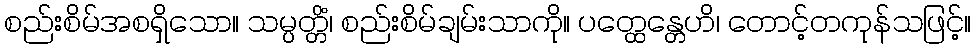
စည်းစိမ်အစရှိသော။ သမ္ပတ္တိံ၊ စည်းစိမ်ချမ်းသာကို။ ပတ္ထေန္တေဟိ၊ တောင့်တကုန်သဖြင့်။